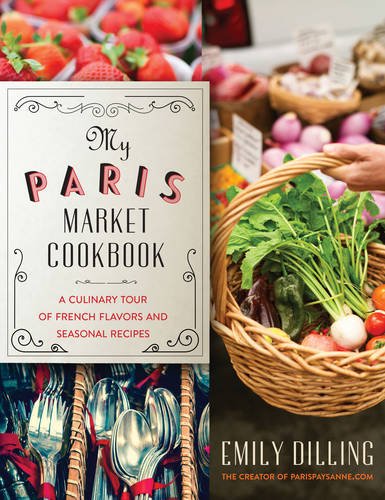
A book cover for My Paris Market Cookbook: A Culinary Tour of French Flavors and Seasonal Recipes; Emily Dilling; Travel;